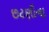
છટણીના